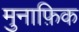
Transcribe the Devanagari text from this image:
मुनाफ़िक